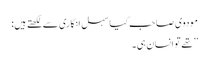
مودوی صاحب کیا سہل انگاری سےلکھتےہیں:
’’تھے تو انسان ہی۔